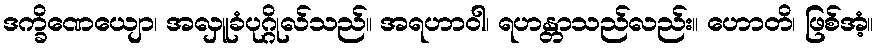
ဒက္ခိဏေယျော၊ အလှူခံပုဂ္ဂိုလ်သည်။ အရဟာဝါ၊ ရဟန္တာသည်လည်း။ ဟောတိ၊ ဖြစ်အံ့။